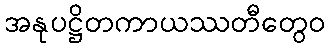
အနုပဋ္ဌိတကာယဿတီတွေဝ